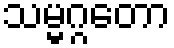
သမ္မဂ္ဂတော